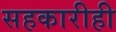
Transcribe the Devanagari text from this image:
सहकारीही